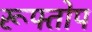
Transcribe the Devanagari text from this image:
रूफ्तोप